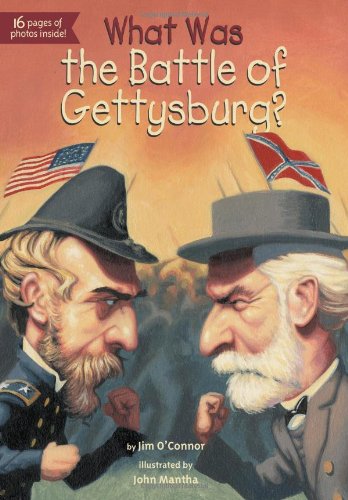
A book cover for What Was the Battle of Gettysburg?; Jim O'Connor; Children's Books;